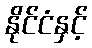
နိုင်ငံနှင့်